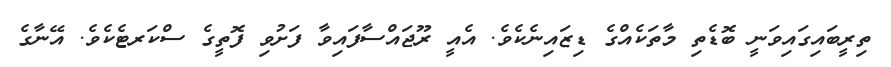
ތިރީބައިގައިވަނީ ބޮޑެތި މާތަކެއްގެ ޑިޒައިނެކެވެ. އެއީ ރޫޖައްސާފައިވާ ފަށުވި ފޮތީގެ ސްކަރޓެކެވެ. އޭނާގެ